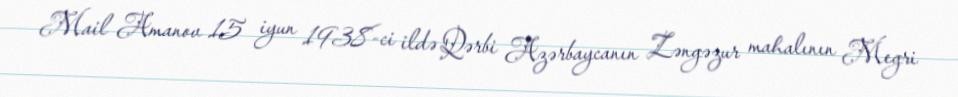
Mail Amanov 15 iyun 1938-ci ildə Qərbi Azərbaycanın Zəngəzur mahalının Megri